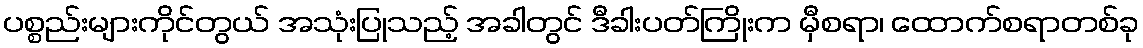
ပစ္စည်းများကိုင်တွယ် အသုံးပြုသည့် အခါတွင် ဒီခါးပတ်ကြိုးက မှီစရာ၊ ထောက်စရာတစ်ခု